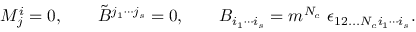
M _ { j } ^ { i } = 0 , \qquad \tilde { B } ^ { j _ { 1 } \cdots j _ { s } } = 0 , \qquad B _ { i _ { 1 } \cdots i _ { s } } = m ^ { N _ { c } } \ \epsilon _ { 1 2 . . . N _ { c } i _ { 1 } \cdots i _ { s } } .